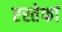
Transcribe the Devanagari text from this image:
एस्तेफां